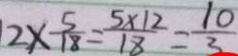
1 2 \times \frac { 5 } { 1 8 } = \frac { 5 \times 1 2 } { 1 8 } = \frac { 1 0 } { 3 }